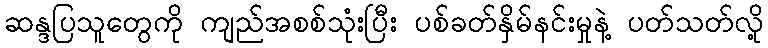
ဆန္ဒပြသူတွေကို ကျည်အစစ်သုံးပြီး ပစ်ခတ်နှိမ်နင်းမှုနဲ့ ပတ်သတ်လို့